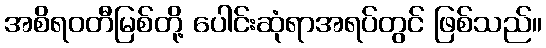
အစိရဝတီမြစ်တို့ ပေါင်းဆုံရာအရပ်တွင် ဖြစ်သည်။